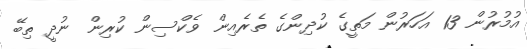
އުމުރުން 13 އަހަރުން މަތީގެ ކުދިންގެ ތެރެއިން ވެކްސިން ކުރިން ނުދީ ތިބޭ